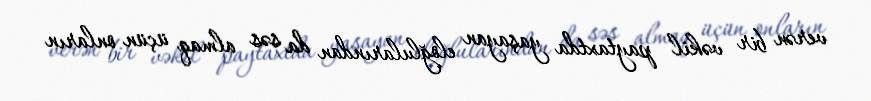
verən bir vəkil paytaxtda yaşayan eloğlularından da səs almaq üçün onların